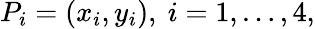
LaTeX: P_{i}=(x_{i},y_{i}),\ i=1,\ldots,4,